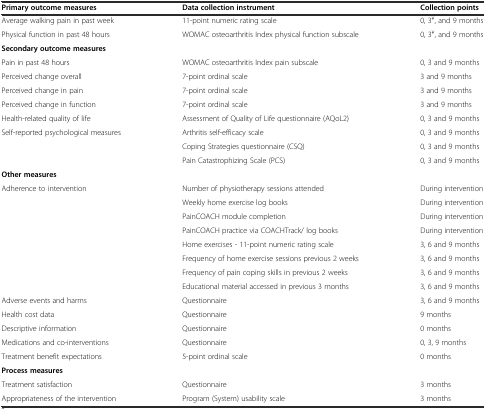
<table><thead><tr><td><b>Primary outcome measures</b></td><td><b>Data collection instrument</b></td><td><b>Collection points</b></td></tr></thead><tbody><tr><td>Average walking pain in past week</td><td>11-point numeric rating scale</td><td>0, 3<sup>¥</sup>, and 9 months</td></tr><tr><td>Physical function in past 48 hours</td><td>WOMAC osteoarthritis Index physical function subscale</td><td>0, 3<sup>¥</sup>, and 9 months</td></tr><tr><td><b>Secondary outcome measures</b></td><td></td><td></td></tr><tr><td>Pain in past 48 hours</td><td>WOMAC osteoarthritis Index pain subscale</td><td>0, 3 and 9 months</td></tr><tr><td>Perceived change overall</td><td>7-point ordinal scale</td><td>3 and 9 months</td></tr><tr><td>Perceived change in pain</td><td>7-point ordinal scale</td><td>3 and 9 months</td></tr><tr><td>Perceived change in function</td><td>7-point ordinal scale</td><td>3 and 9 months</td></tr><tr><td>Health-related quality of life</td><td>Assessment of Quality of Life questionnaire (AQoL2)</td><td>0, 3 and 9 months</td></tr><tr><td>Self-reported psychological measures</td><td>Arthritis self-efficacy scale</td><td>0, 3 and 9 months</td></tr><tr><td></td><td>Coping Strategies questionnaire (CSQ)</td><td>0, 3 and 9 months</td></tr><tr><td></td><td>Pain Catastrophizing Scale (PCS)</td><td>0, 3 and 9 months</td></tr><tr><td><b>Other measures</b></td><td></td><td></td></tr><tr><td>Adherence to intervention</td><td>Number of physiotherapy sessions attended</td><td>During intervention</td></tr><tr><td></td><td>Weekly home exercise log books</td><td>During intervention</td></tr><tr><td></td><td>PainCOACH module completion</td><td>During intervention</td></tr><tr><td></td><td>PainCOACH practice via COACHTrack/ log books</td><td>During intervention</td></tr><tr><td></td><td>Home exercises - 11-point numeric rating scale</td><td>3, 6 and 9 months</td></tr><tr><td></td><td>Frequency of home exercise sessions previous 2 weeks</td><td>3, 6 and 9 months</td></tr><tr><td></td><td>Frequency of pain coping skills in previous 2 weeks</td><td>3, 6 and 9 months</td></tr><tr><td></td><td>Educational material accessed in previous 3 months</td><td>3, 6 and 9 months</td></tr><tr><td>Adverse events and harms</td><td>Questionnaire</td><td>3, 6 and 9 months</td></tr><tr><td>Health cost data</td><td>Questionnaire</td><td>9 months</td></tr><tr><td>Descriptive information</td><td>Questionnaire</td><td>0 months</td></tr><tr><td>Medications and co-interventions</td><td>Questionnaire</td><td>0, 3, 9 months</td></tr><tr><td>Treatment benefit expectations</td><td>5-point ordinal scale</td><td>0 months</td></tr><tr><td><b>Process measures</b></td><td></td><td></td></tr><tr><td>Treatment satisfaction</td><td>Questionnaire</td><td>3 months</td></tr><tr><td>Appropriateness of the intervention</td><td>Program (System) usability scale</td><td>3 months</td></tr></tbody></table>